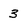
Character: 3